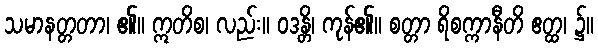
သမာနတ္တတာ၊ ၏။ ဣတိစ၊ လည်း။ ဝဒန္တိ၊ ကုန်၏။ စတ္တာ ရိစက္ကာနီတိ ဧတ္ထ၊ ၌။